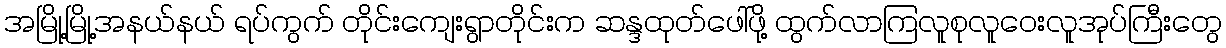
အမြို့မြို့အနယ်နယ် ရပ်ကွက် တိုင်းကျေးရွာတိုင်းက ဆန္ဒထုတ်ဖေါ်ဖို့ ထွက်လာကြလူစုလူဝေးလူအုပ်ကြီးတွေ